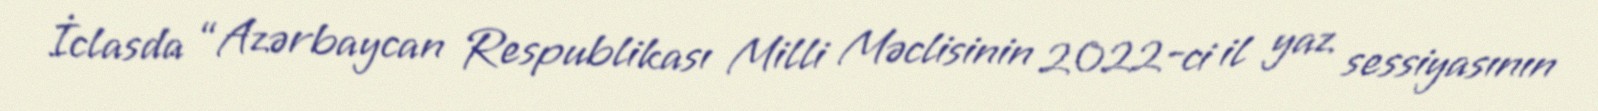
İclasda “Azərbaycan Respublikası Milli Məclisinin 2022-ci il yaz sessiyasının